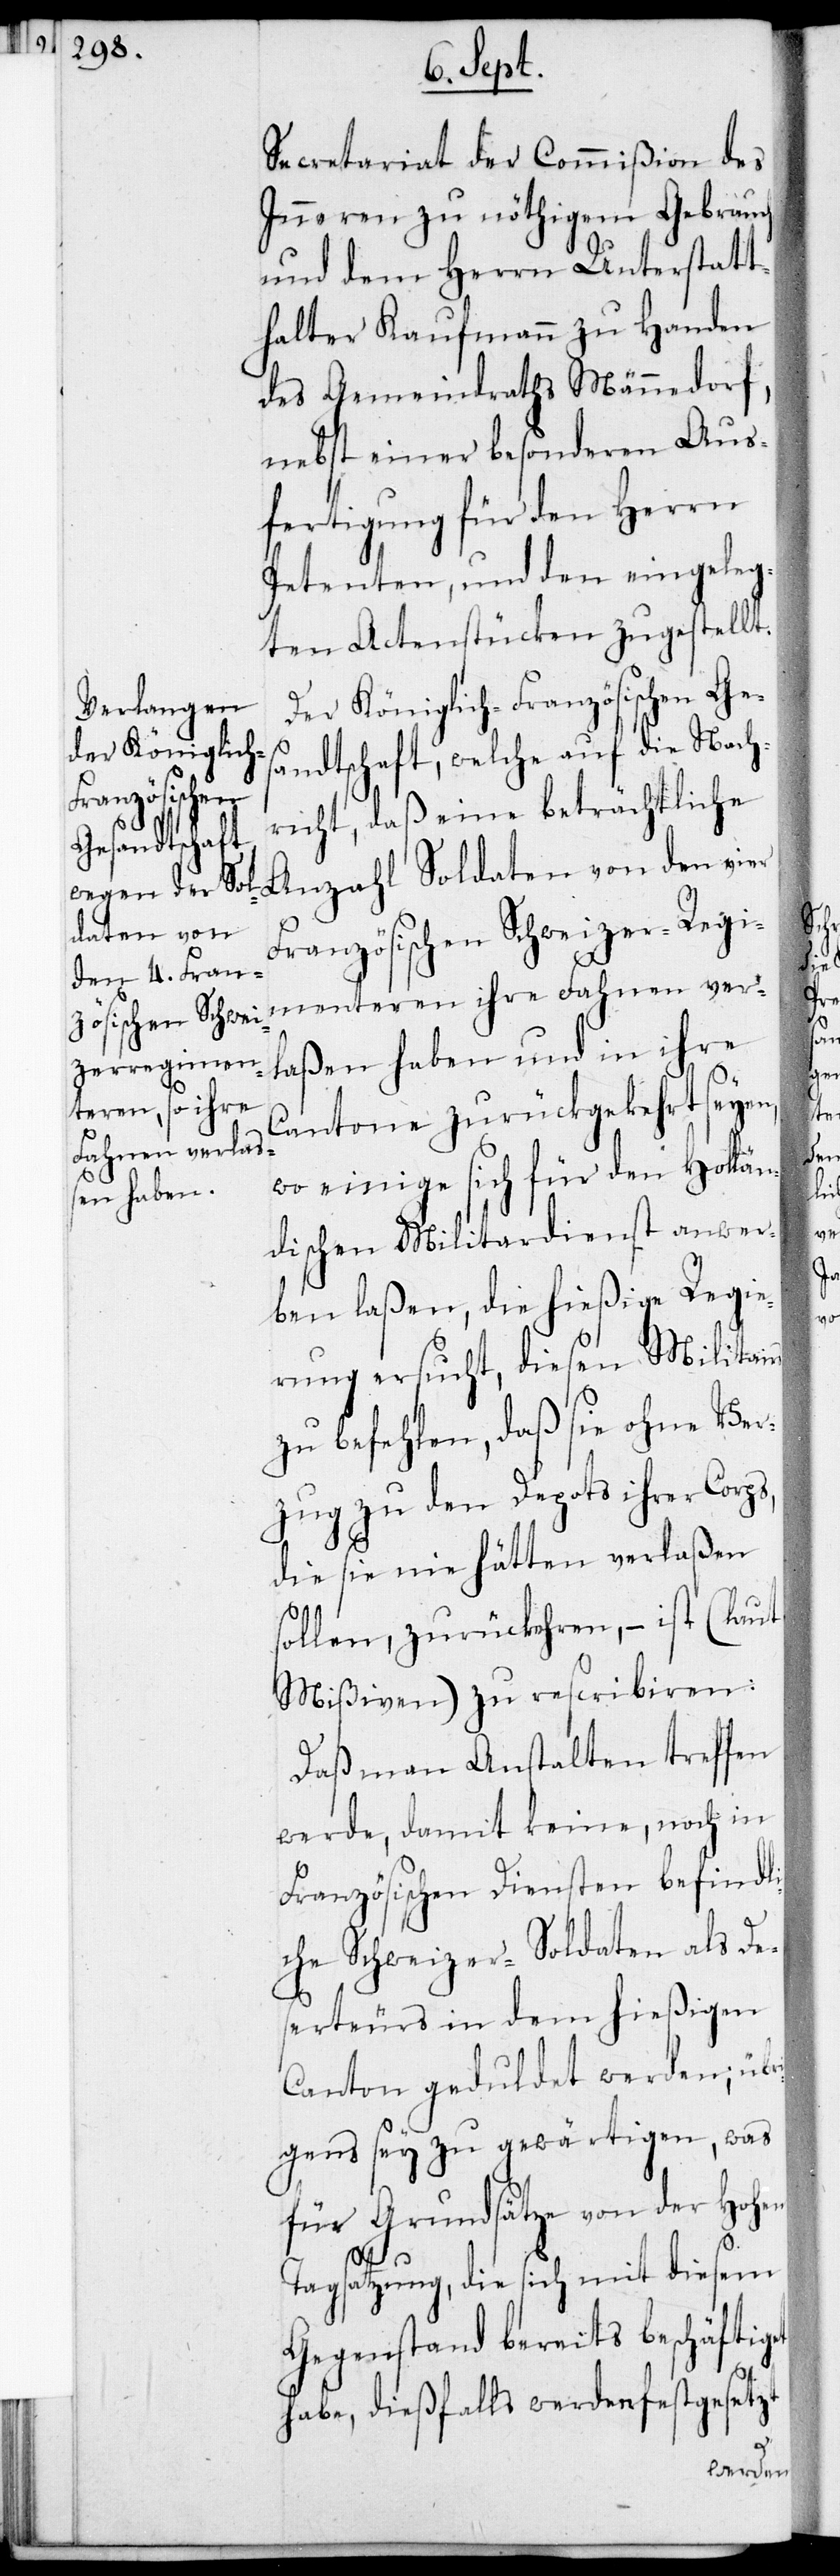
Secretariat der Commißion des
Inneren zu nöthigem Gebrauch
und dem Herrn Unterstatt¬
halter Kaufmann zu Handen
des Gemeindraths Männedorf,
nebst einer besonderen Aus¬
fertigung für den Herrn
Petenten, und den eingeleg¬
ten Actenstücken zugestellt.
Der Königlich-Französischen Ges¬
andtschaft, welche auf die Nach¬
richt, daß eine beträchtliche
Anzahl Soldaten von den vier
Französischen Schweizer-Regi¬
menteren ihre Fahnen ver¬
laßen haben und in ihre
Cantone zurückgekehrt seyen,
wo einige sich für den Hollän¬
dischen Militardienst anwer¬
ben laßen, die hießige Regie¬
rung ersucht, diesen Militairs
zu befehlen, daß sie ohne Ver¬
zug zu den Depots ihrer Corps,
die sie nie hätten verlaßen
sollen, zurückehren, – ist (laut
Mißiven) zu rescribiren:
Daß man Anstalten treffen
werde, damit keine, noch in
Französischen Diensten befindli¬
che Schweizer-Soldaten als Des¬
erteurs in dem hießigen
Canton geduldet werden, übr¬
igens sey zu gewärtigen, was
für Grundsätze von der Hohen
Tagsatzung, die sich mit diesem
Gegenstand bereits beschäftiget
habe, dießfalls werden festgesetzt